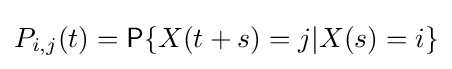
P_{i,j}(t)={\mathsf {P}}\{X(t+s)=j|X(s)=i\}